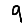
Digit: 9